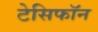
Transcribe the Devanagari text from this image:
टेसिफॉन